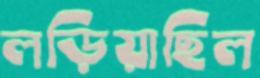
লড়িয়াছিল